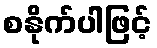
စနိုက်ပါဖြင့်